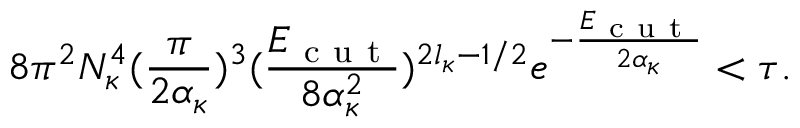
8 \pi ^ { 2 } N _ { \kappa } ^ { 4 } ( \frac { \pi } { 2 \alpha _ { \kappa } } ) ^ { 3 } ( \frac { E _ { \mathrm { ~ c ~ u ~ t ~ } } } { 8 \alpha _ { \kappa } ^ { 2 } } ) ^ { 2 l _ { \kappa } - 1 / 2 } e ^ { - \frac { E _ { \mathrm { ~ c ~ u ~ t ~ } } } { 2 \alpha _ { \kappa } } } < \tau .